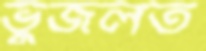
ভুজলত